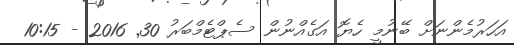
އަހަރުމެންނަށް ބޭނުމީ ހެޔޮ އަގެއްނުން ސެޕްޓެމްބަރު 30